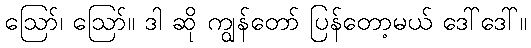
ဪ၊ ဪ။ ဒါ ဆို ကျွန်တော် ပြန်တော့မယ် ဒေါ်ဒေါ်။